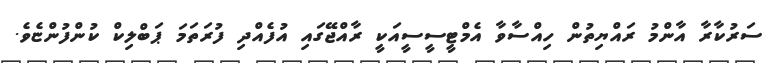
ސަރުކާރާ އާންމު ރައްޔިތުން ހިއްސާވާ އެމްޓީސީސީއަކީ ރާއްޖޭގައި އުފެއްދި ފުރަތަމަ ޕަބްލިކް ކުންފުންޏެވެ.